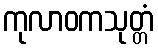
ကုလာဝကသုတ္တံ